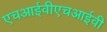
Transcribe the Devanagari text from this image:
एचआईवीएचआईवी